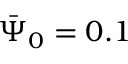
\bar { \Psi } _ { 0 } = 0 . 1